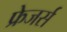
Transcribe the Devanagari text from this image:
फ्रेजर्स